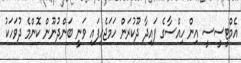
އެމްޓީސީސީ އިން ހިއްސާގެ ފައިދާ ދޫކުރަން ހަމަޖެހިފައި ވަނީ ބަންދުނޫން ކޮންމެ ދުވަހަކު